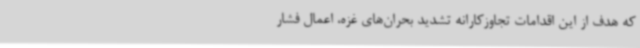
که هدف از این اقدامات تجاوزکارانه تشدید بحران‌های غزه، اعمال فشار